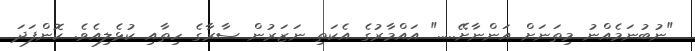
"ނުބުނަމެއްނު މިތަނަށް އަންނާށޭ....." އައްމާރުގެ އެކަތި ނަޒަރުން ސާރާގެ ހިތާއި ކުޅެލިއެވެ. ކޮންފަދަ